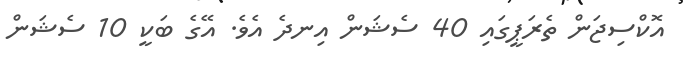
އޮކްސިޖަން ތެރަޕީގައި 40 ސެޝަން އިނދެ އެވެ. އޭގެ ބަކީ 10 ސެޝަން